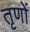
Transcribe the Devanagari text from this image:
तृणों